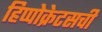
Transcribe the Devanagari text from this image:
हिप्पोक्रेटसची